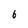
Character: 6